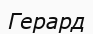
Герард